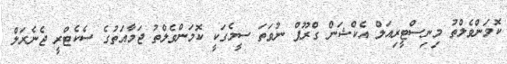
ކޮމަންވެލްތު މިނިސްޓީރިއަލް އެކްޝަން ގްރޫޕް ނުވަތަ ސީމެގަކީ ކޮމަންވެލްތު ޖަމާއަތުގެ ސެކެޓްރީ ޖެނެރަލް